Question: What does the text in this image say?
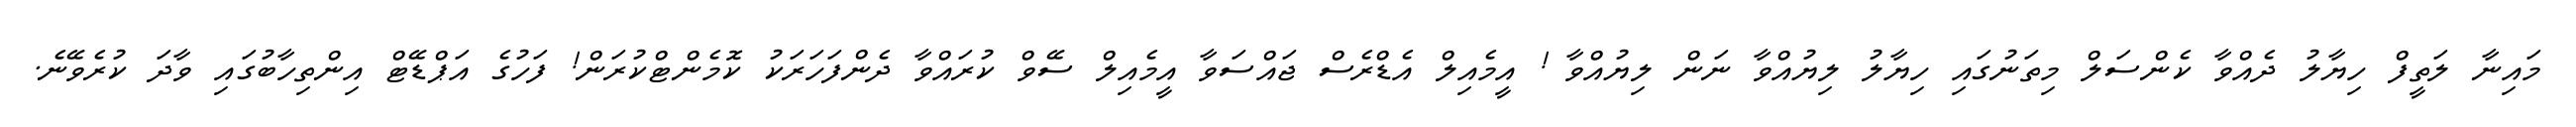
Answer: މައިނާ ލަތީފް ހިޔާލު ދެއްވާ ކެންސަލް މިތަނުގައި ހިޔާލު ލިޔުއްވާ ނަން ލިޔުއްވާ ! އީމެއިލް އެޑްރެސް ޖައްސަވާ އީމެއިލް ސޭވް ކުރައްވާ ދެންފަހަރަކު ކޮމެންޓްކުރަން! ފަހުގެ އަޕްޑޭޓް އިންތިހާބުގައި ވާދަ ކުރެވޭނެ.